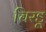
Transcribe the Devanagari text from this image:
चिरडू